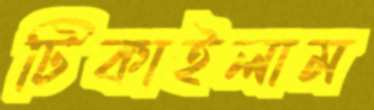
টিকাইলাম